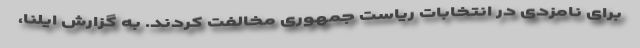
برای نامزدی در انتخابات ریاست جمهوری مخالفت کردند. به گزارش ایلنا،